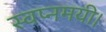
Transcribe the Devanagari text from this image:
स्वप्नमयी।